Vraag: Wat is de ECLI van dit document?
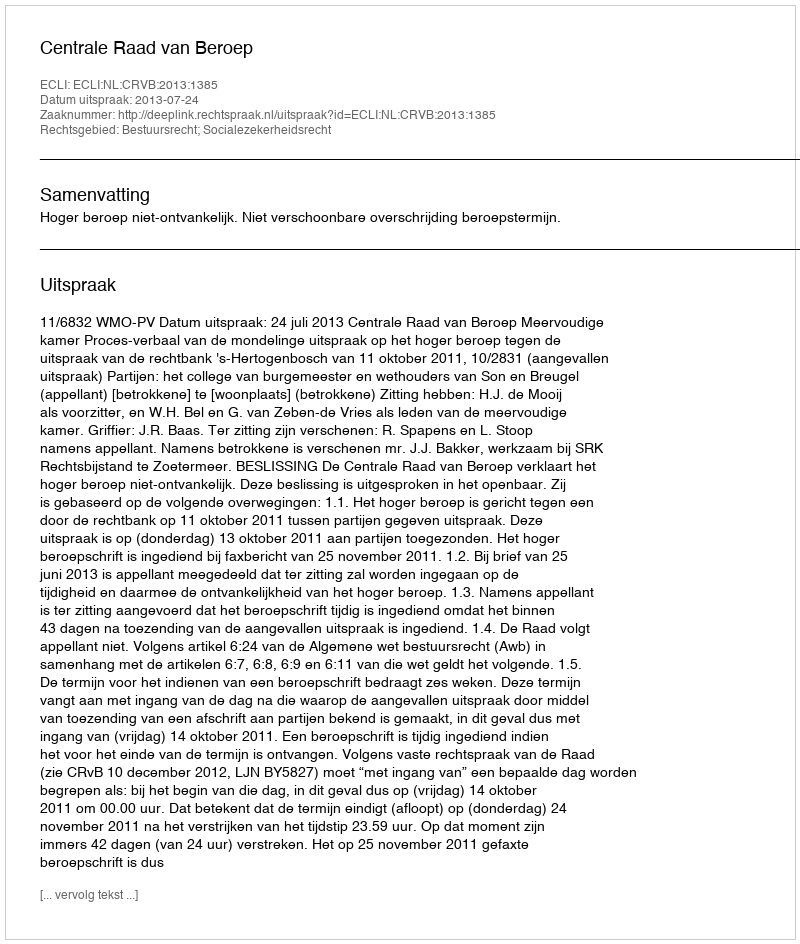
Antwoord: ECLI:NL:CRVB:2013:1385